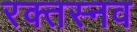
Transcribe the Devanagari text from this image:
रक्तस्नव